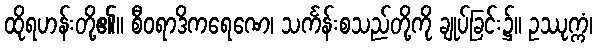
ထိုရဟန်းတို့၏။ စီဝရာဒိကရေဏေ၊ သင်္ကန်းစသည်တို့ကို ချုပ်ခြင်း၌။ ဥဿုက္ကံ၊